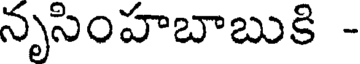
నృసింహబాబుకి -